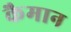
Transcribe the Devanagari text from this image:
कैमान